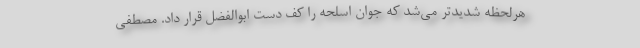
هرلحظه شدیدتر می‌شد که جوان اسلحه را کف دست ابوالفضل قرار داد. مصطفی